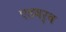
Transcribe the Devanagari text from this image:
एडवर्ब